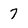
Character: 7